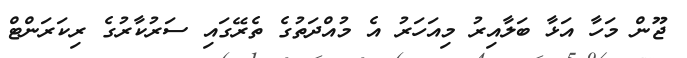
ޖޫން މަހާ އަޅާ ބަލާއިރު މިއަހަރު އެ މުއްދަތުގެ ތެރޭގައި ސަރުކާރުގެ ރިކަރަންޓް